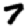
Digit: 7